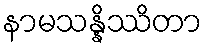
နာမသန္နိဿိတာ